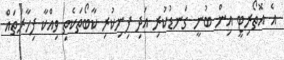
އެ އޮތޯރިޓީ އިން ބުނީ ގަނޑުކުރި އަދި ފިނިކުރި ކާބޯތަކެތި ވިއްކާ ފިހާރަތައް